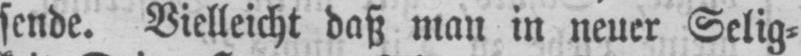
sende. Vielleicht daß man in neuer Selig⸗